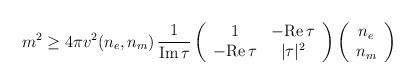
LaTeX: \begin{align*}m^{2} \geq 4\pi v^{2} (n_{e},n_{m}) \, \frac{1}{{\rm Im}\, \tau} \left(\begin{array}{cc} 1 & -{\rm Re}\, \tau \\ -{\rm Re}\, \tau & |\tau|^{2}\end{array} \right) \left(\begin{array}{c} n_{e} \\ n_{m}\end{array} \right)\end{align*}